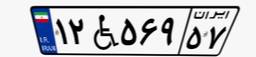
۶۴W۱۲۶۱۲